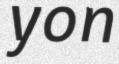
yon